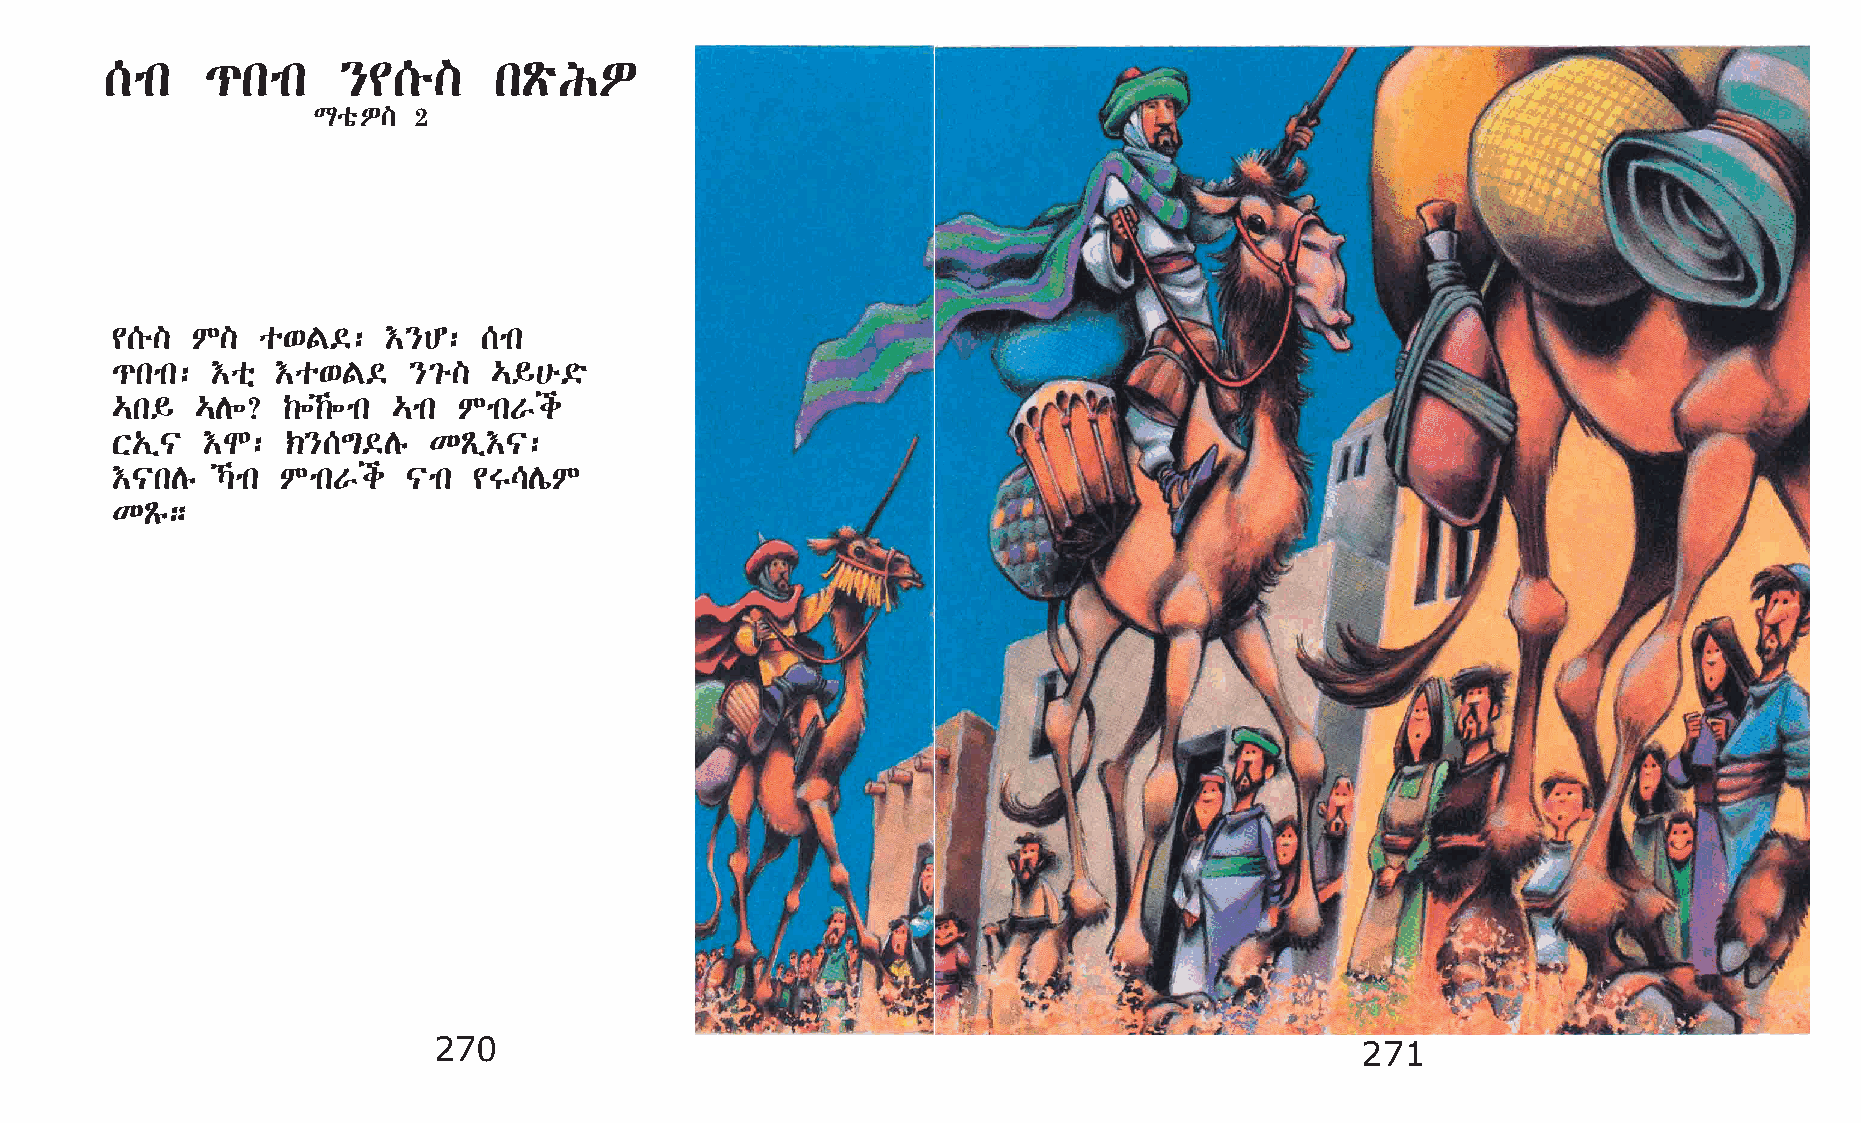
[mk    ¹kmk     }¢[é]     kÃöIÈ
 LoõÈ] 2
 ¢[é]  M]  o‘F©:    †}C:  [mk
 ¹kmk:  †oñ †o‘F©    }²é] …§@é©ö
 …k§   …D÷?  ‰÷‰÷mk …mk MmkVi
 X„ï|  †N:   ‹}[´©Dê  KÃï†|:
 †|kDê  Šmk MmkVi   |mk ¢T\DíM
 KÃê;
 270                                                          271